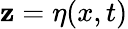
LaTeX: \mathbf{z}=\eta(x,t)